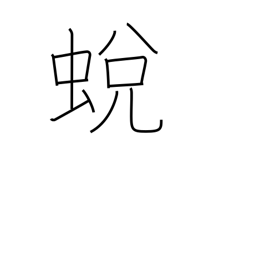
Meaning: insect moulting